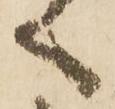
言